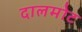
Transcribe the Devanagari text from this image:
दालमोट